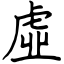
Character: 虛